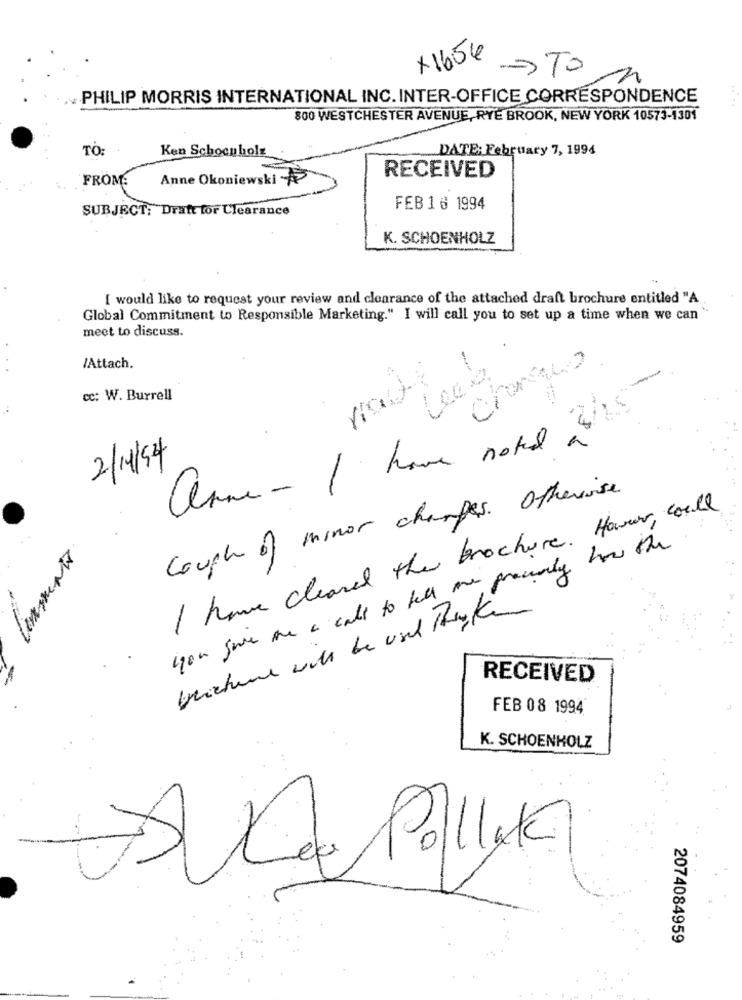
+1654
> TO
PHILIP MORRIS INTERNATIONAL INC. INTER-OFFICE CORRESPONDENCE
800 WESTCHESTER AVENUE, RYE BROOK, NEW YORK 10573-1301
TO:
Ken Schocuholz
DATE: February 7, 1994
FROM:
Anne Okoniewski
RECEIVED
SUBJECT: Dratt for Clearance
FEB 1 6 1994
K. SCHOENHOLZ
I would like to request your review and clearance of the attached draft brochure entitled "A
Global Commitment to Responsible Marketing." I will call you to set up a time when we can
meet to discuss.
/Attach.
cc: W. Burrell
anne- I home noted a
2/14/54
Cough of minor changes. Otherwise
I have cleared the brochure. Hover , could.
Comments
you save me a call to tell one procenty how the
brochure with be used think
RECEIVED
FEB 08 1994
K. SCHOENHOLZ
* Leo Pollak
2074084959